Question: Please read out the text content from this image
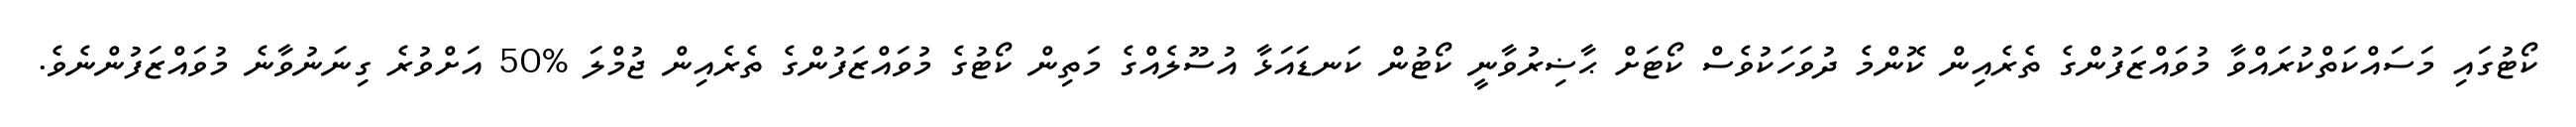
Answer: ކޯޓުގައި މަސައްކަތްކުރައްވާ މުވައްޒަފުންގެ ތެރެއިން ކޮންމެ ދުވަހަކުވެސް ކޯޓަށް ޙާޟިރުވާނީ ކޯޓުން ކަނޑައަޅާ އުސޫލެއްގެ މަތިން ކޯޓުގެ މުވައްޒަފުންގެ ތެރެއިން ޖުމްލަ %50 އަށްވުރެ ގިނަނުވާނެ މުވައްޒަފުންނެވެ.